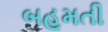
બહૂમતી